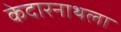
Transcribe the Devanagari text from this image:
केदारनाथला